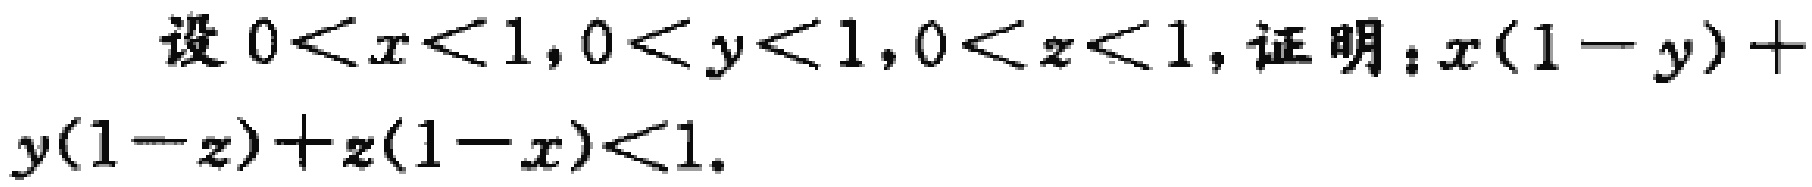
设 \(0<x<1,0<y<1,0<z<1\)，证明：\(x(1 - y)+y(1 - z)+z(1 - x)<1\)。